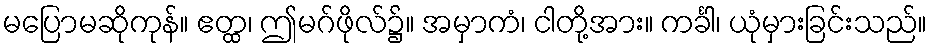
မပြောမဆိုကုန်။ ဧတ္ထ၊ ဤမဂ်ဖိုလ်၌။ အမှာကံ၊ ငါတို့အား။ ကင်္ခါ၊ ယုံမှားခြင်းသည်။